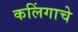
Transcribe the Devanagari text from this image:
कलिंगाचे